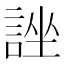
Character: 𧨀